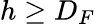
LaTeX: h\geq D_{F}